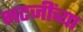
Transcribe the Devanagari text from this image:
भटजींच्या